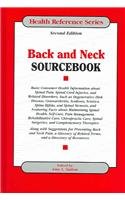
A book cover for Back And Neck Sourcebook: Basic Consumer Health Information About Spinal Pain, Spinal Cord Injuries, And Related Disorders, Such as Degenerative Disk ... Osteoarthritis, S (Health Reference Series); Amy L. Sutton; Health, Fitness & Dieting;